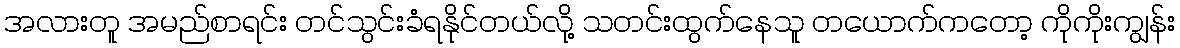
အလားတူ အမည်စာရင်း တင်သွင်းခံရနိုင်တယ်လို့ သတင်းထွက်နေသူ တယောက်ကတော့ ကိုကိုးကျွန်း